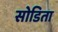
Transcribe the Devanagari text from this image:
सोडिता